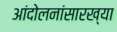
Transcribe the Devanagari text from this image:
आंदोलनांसारख्या